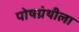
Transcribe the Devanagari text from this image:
पोषग्रंथीला